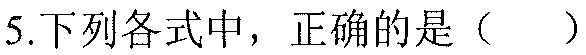
5.下列各式中，正确的是（  ）